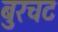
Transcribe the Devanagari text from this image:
बुरचट